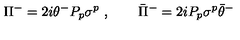
\Pi ^ { - } = 2 i \theta ^ { - } P _ { p } \sigma ^ { p } \ , \qquad \bar { \Pi } ^ { - } = 2 i P _ { p } \sigma ^ { p } \bar { \theta } ^ { - }